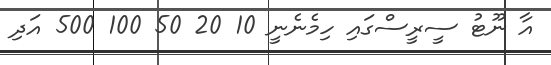
އާ ނޫޓު ސީރީސްގައި ހިމެނެނީ 10 20 50 100 500 އަދި